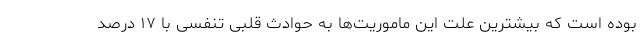
بوده است که بیشترین علت این ماموریت‌ها به حوادث قلبی تنفسی با ۱۷ درصد